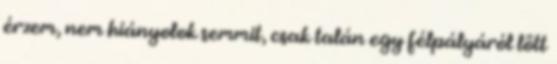
érzem, nem hiányolok semmit, csak talán egy félpályáról lőtt